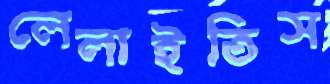
লেলাইতিস